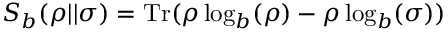
S _ { b } ( \rho \vert \vert \sigma ) = \mathrm { T r } ( \rho \log _ { b } ( \rho ) - \rho \log _ { b } ( \sigma ) )